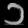
Digit: ၁